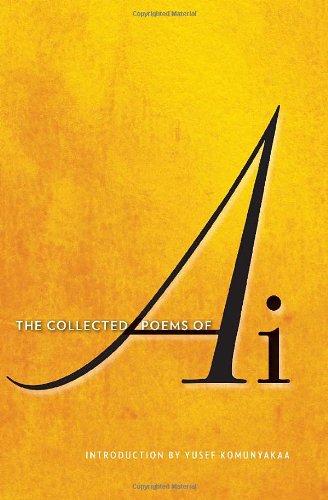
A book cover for The Collected Poems of Ai; Ai; Literature & Fiction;